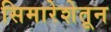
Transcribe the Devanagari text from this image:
सिमारेशेतून